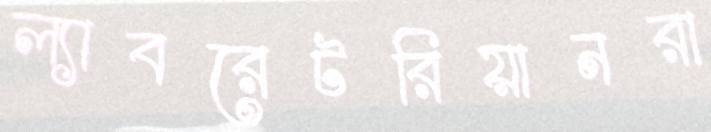
ল্যাবরেটরিয়ানরা